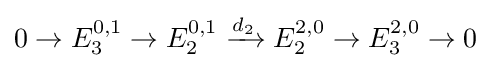
0\to E_{3}^{0,1}\to E_{2}^{0,1}\xrightarrow {d_{2}} E_{2}^{2,0}\to E_{3}^{2,0}\to 0